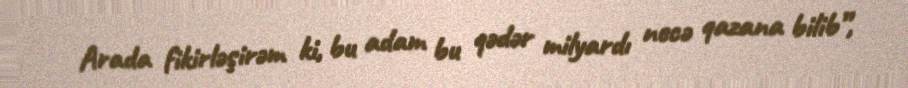
Arada fikirləşirəm ki, bu adam bu qədər milyardı necə qazana bilib”,